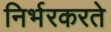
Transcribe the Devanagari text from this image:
निर्भरकरते